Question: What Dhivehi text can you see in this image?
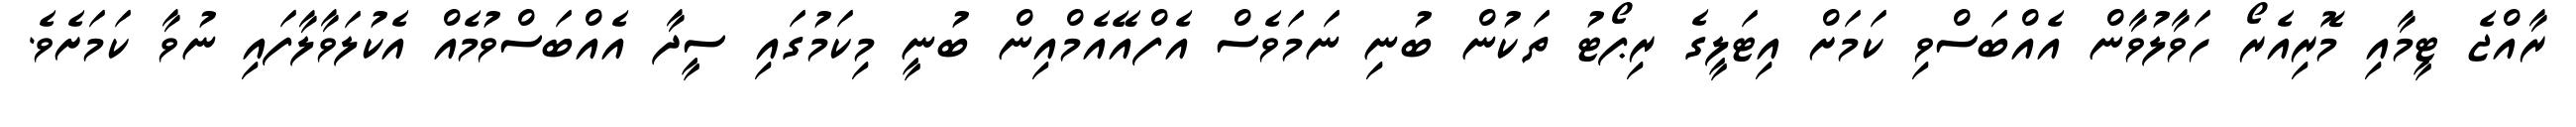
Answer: ރާއްޖެ ޓީމާއި މޮރިއެރޯ ހަވާލުވާން އެއްބަސްވި ކަމަށް އިޓަލީގެ ރިޕޯޓު ތަކުން ބުނި ނަމަވެސް އެފްއޭއެމްއިން ބުނީ މިކަމުގައި ސީދާ އެއްބަސްވުމެއް އެކުލަވާލާފައި ނުވާ ކަމަށެވެ.